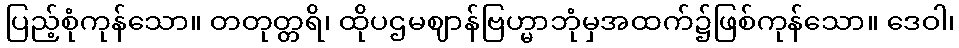
ပြည့်စုံကုန်သော။ တတုတ္တရိ၊ ထိုပဌမဈာန်ဗြဟ္မာဘုံမှအထက်၌ဖြစ်ကုန်သော။ ဒေဝါ၊